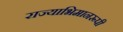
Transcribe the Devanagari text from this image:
राज्याभिमानरूपी